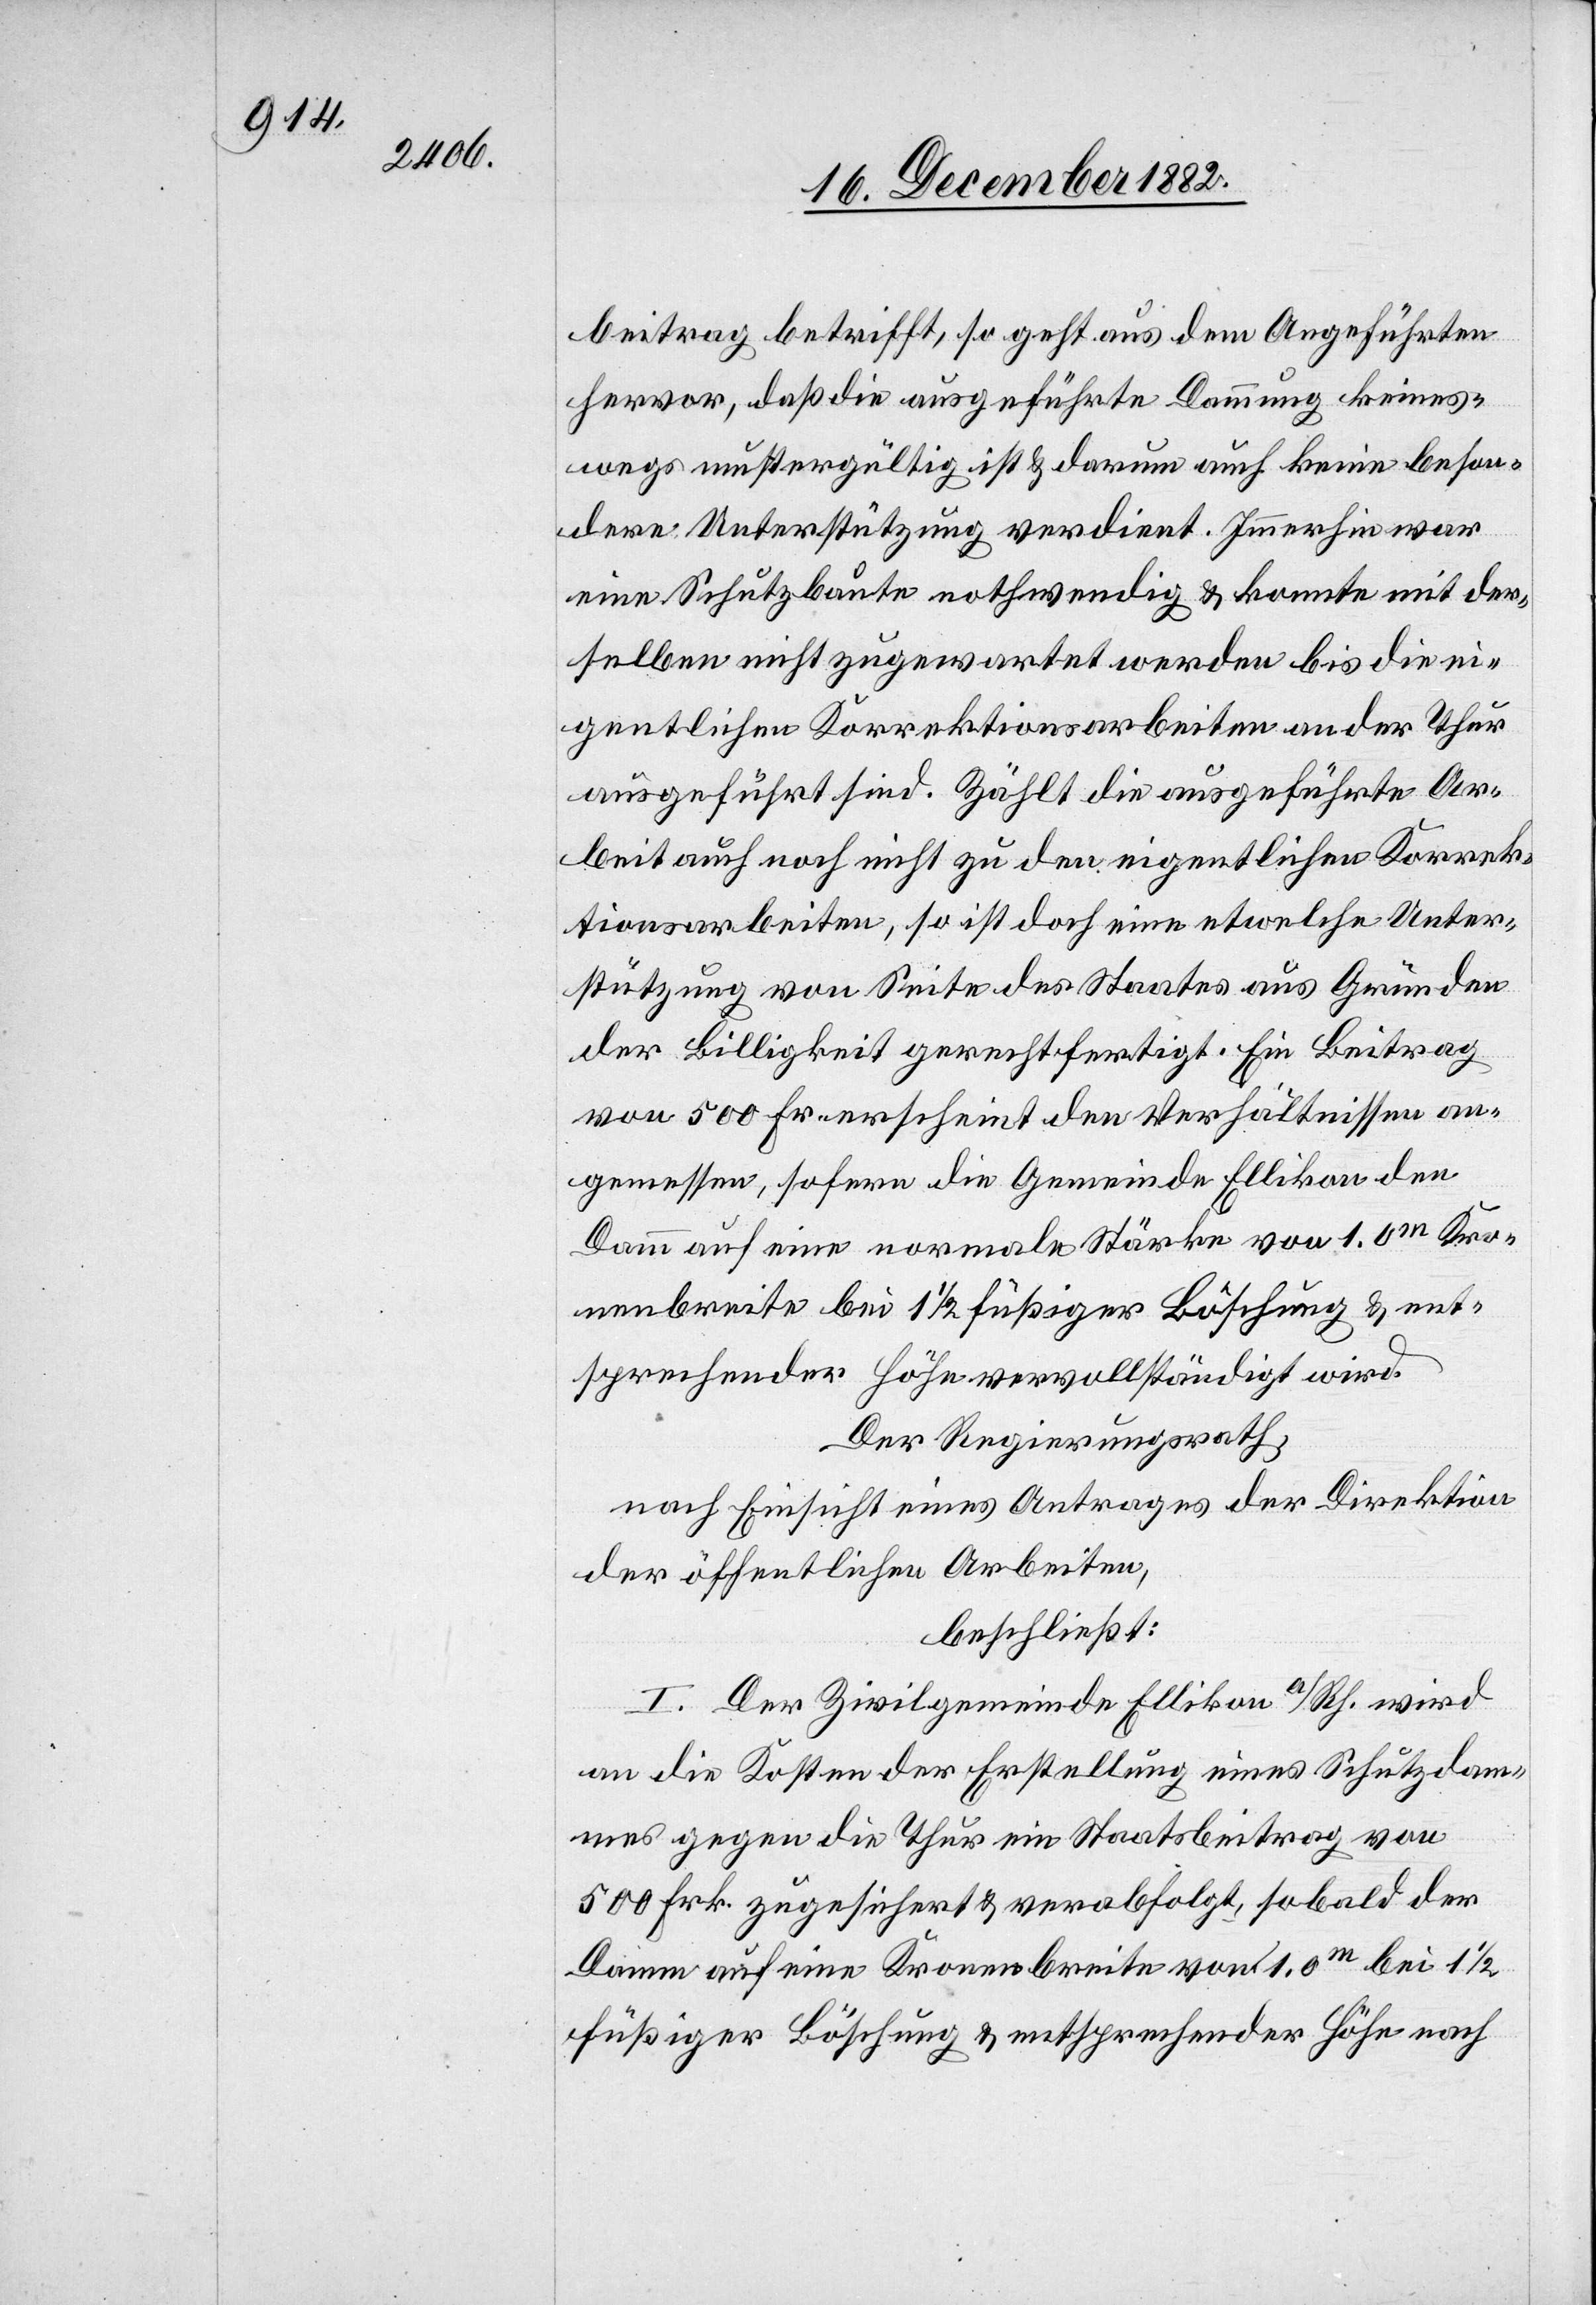
beitrag betrifft, so geht aus dem Angeführten
hervor, daß die ausgeführte Dammung [recte:
besondere Unterstützung verdient. Immerhin war
eine Schutzbaute nothwendig konnte mit der¬
selben nicht zugewartet werden bis die ei¬
gentlichen Korrektionsarbeiten an der Thur
ausgeführt sind Zählt die ausgeführte Ar¬
beit auch noch nicht zu den eigentlichen Korrek¬
tionsarbeiten, so ist doch eine etwelche Unter¬
stützung von Seite des Staates aus Gründen
der Billigkeit gerechtfertigt. Ein Beitrag
von 500 Fr. erscheint den Verhältnissen an¬
gemessen, sofern die Gemeinde Ellikon den
Damm auf eine normale Stärke von 1.0m Kro¬
nenbreite bei 1 1/2 füßiger Böschung & ent¬
sprechender Höhe vervollständigt wird.
Der Regierungsrath,
nach Einsicht eines Antrages der Direktion
der öffentlichen Arbeiten,
beschließt:
I. Der Zivilgemeinde Ellikon a/Rh. wird
an die Kosten der Erstellung eines Schutzdam¬
mes gegen die Thur ein Staatsbeitrag von
500 Frk. zugesichert & verabfolgt, sobald der
Damm auf eine Kronenbreite von 1.0m bei 1
füßiger Böschung & entsprechender Höhe nach